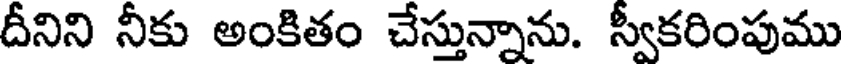
దీనిని నీకు అంకితం చేస్తున్నాను. స్వీకరింపుము